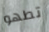
تطهو